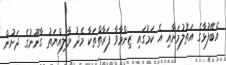
އެބޭފުޅާގެ އަތުލުމަށާއި އެ ކަމުގައި ޒިންމާވާ ފަރާތްތަކާ މެދު މާލިއްޔަތު ގާނޫނުގެ ދަށުން